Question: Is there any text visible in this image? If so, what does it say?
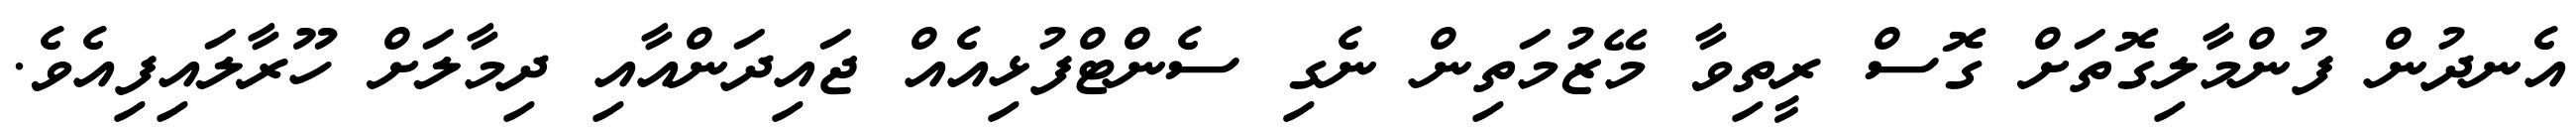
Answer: އެނދުން ފުންމާލިގޮތަށް ގޮސް ރީތިވާ މޭޒުމަތިން ނެގި ސެންޓްފުޅިއެއް ޖައިދަންއާއި ދިމާލަށް ހޫރާލައިފިއެވެ.